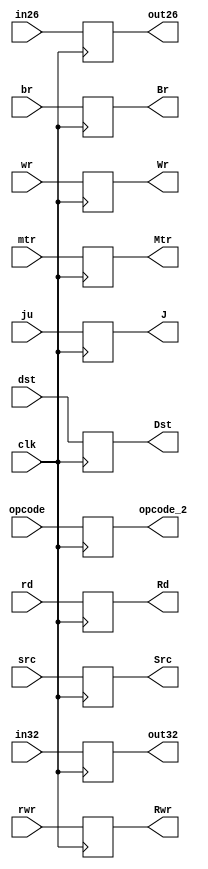
`timescale 1ns / 1ps

module RegFI(
    input clk,
    input [31:0]in32,
    input [25:0]in26,
    input rwr,ju,dst,br,mtr,rd,wr,src,
    input [5:0]opcode,
    output [31:0]out32,
    output [25:0]out26,
    output Rwr,J,Dst,Br,Mtr,Rd,Wr,Src,
    output [5:0]opcode_2
    );
    reg [31:0]a;
    reg [25:0]b;
    reg c,d,e,f,g,h,i,j;
    reg [5:0]l;
    always@(posedge clk)begin
        a<=in32;
        b<=in26;
        c<=rwr;d<=ju;e<=dst;f<=br;g<=mtr;h<=rd;i<=wr;j<=src;
        l<=opcode;
    end
    assign Rwr=c;
    assign J=d;
    assign Dst=e;
    assign Br=f;
    assign Mtr=g;
    assign Rd=h;
    assign Wr=i;
    assign Src=j;
    assign out32=a;
    assign out26=b;
    assign opcode_2=l;
endmodule